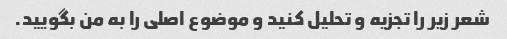
شعر زیر را تجزیه و تحلیل کنید و موضوع اصلی را به من بگویید.